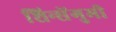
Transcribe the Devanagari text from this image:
शिन्सेंगुमी